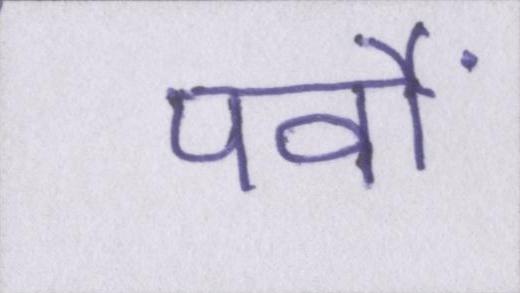
पर्वों